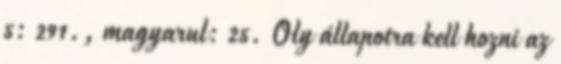
5: 291., magyarul: 25. Oly állapotra kell hozni az